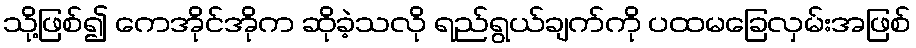
သို့ဖြစ်၍ ကေအိုင်အိုက ဆိုခဲ့သလို ရည်ရွယ်ချက်ကို ပထမခြေလှမ်းအဖြစ်